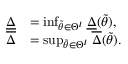
\begin{array} { r l } { \underline { { \Delta } } } & { = \operatorname* { i n f } _ { \widetilde { \theta } \in \Theta ^ { I } } \underline { { \Delta } } ( \widetilde { \theta } ) , } \\ { \overline { { \Delta } } } & { = \operatorname* { s u p } _ { \widetilde { \theta } \in \Theta ^ { I } } \overline { { \Delta } } ( \widetilde { \theta } ) . } \end{array}